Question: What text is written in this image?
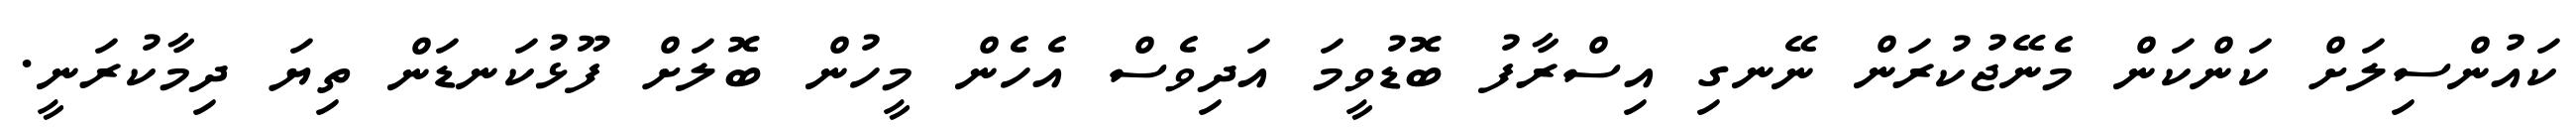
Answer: ކައުންސިލަށް ކަންކަން މެނޭޖުކުރަން ނޭނގި އިސްރާފު ބޮޑުވީމަ އަދިވެސް އެހެން މީހުން ބޮލަށް ފޫޅުކަނޑަން ތިޔަ ދިމާކުރަނީ.